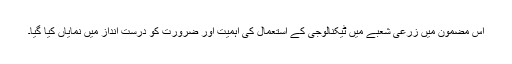
اس مضمون میں زرعی شعبے میں ٹیکنالوجی کے استعمال کی اہمیت اور ضرورت کو درست انداز میں نمایاں کیا گیا۔